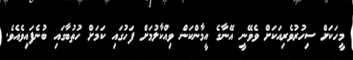
މީހަކަށް ސިހުރުވެރިއަކަށް ވެވޭނީ އޭނާގެ އީމާންކަން ވިއްކާލުމަށް ފަހުގައި ކަމަށް ހުތުބާގައި ބުނެފައިވެއެވެ.